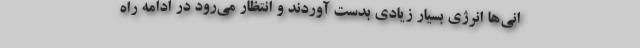
انی‌ها انرژی بسیار زیادی بدست آوردند و انتظار می‌رود در ادامه راه